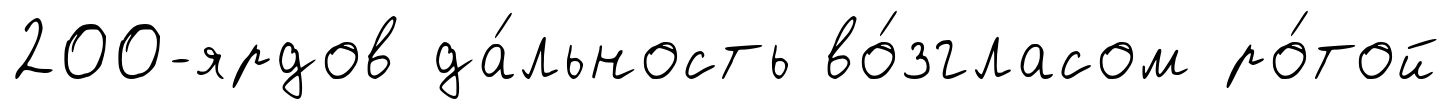
200-ярдов да́льность во́згласом ро́той